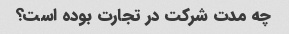
چه مدت شرکت در تجارت بوده است؟